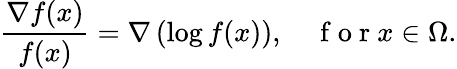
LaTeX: \frac{\nabla f(x)}{f(x)}=\nabla\left(\log f(x)\right),\quad\mathrm{~f~o~r~}x\in\Omega.